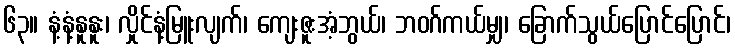
၆၃။ နံ့နံ့နူနူး၊ လှိုင်နံ့မြူးလျက်၊ ကျေးဇူးအံ့ဘွယ်၊ ဘဝဂ်ကယ်မျှ၊ ခြောက်သွယ်ပြောင်ပြောင်၊